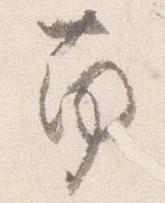
南